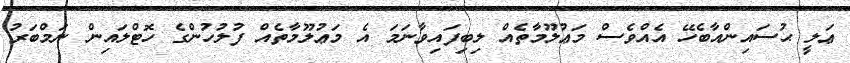
ޢަލީ ޙުސައިންއާބެހޭ އެއްވެސް މަޢުލޫމާތެއް ލިބިފައިވާނަމަ އެ މަޢުލޫމާތެއް ފުލުހުންގެ ހޮޓްލައިން ނަމްބަރު